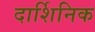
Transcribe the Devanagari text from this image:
दार्शिनिक